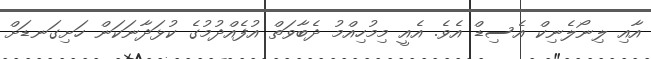
އާއި ލިނޯލެނިކް އެސިޑް އެވެ. އެއީ މިމުހިއްމު ދެބާވަތް އުފެއްދުމުގެ ކުޅަދާނަކަން ހަށިގަނޑަށް